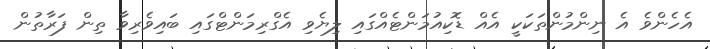
އެހެންވެ އެ ނިންމުންތަކަކީ އެއް ޑޮކިއުމަންޓެއްގައި ލިޔެވި އެގްރިމަންޓްގައި ބައިވެރިވާ ތިން ފަރާތުން